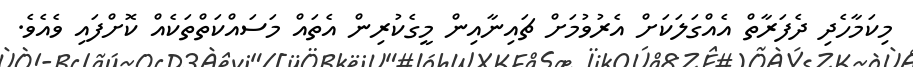
މިކަމާހެދި ދެފަރާތް އެއްގަލަކަށް އެރުވުމަށް ޗައިނާއިން މީގެކުރިން އެތައް މަސައްކަތްތަކެއް ކޮށްފައި ވެއެވެ.